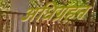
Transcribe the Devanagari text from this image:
अधिग्रहन